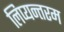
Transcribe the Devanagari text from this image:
लिप्यन्तरम